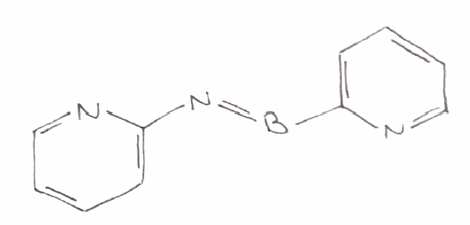
Simplified molecular-input line-entry system (SMILES) notation of the given molecule:
B(=NC1=CC=CC=N1)C2=CC=CC=N2